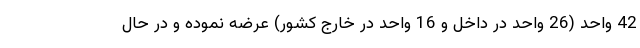
42 واحد (26 واحد در داخل و 16 واحد در خارج كشور) عرضه نموده و در حال